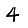
Digit: 4